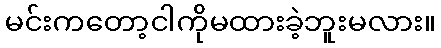
မင်းကတော့ငါကိုမထားခဲ့ဘူးမလား။